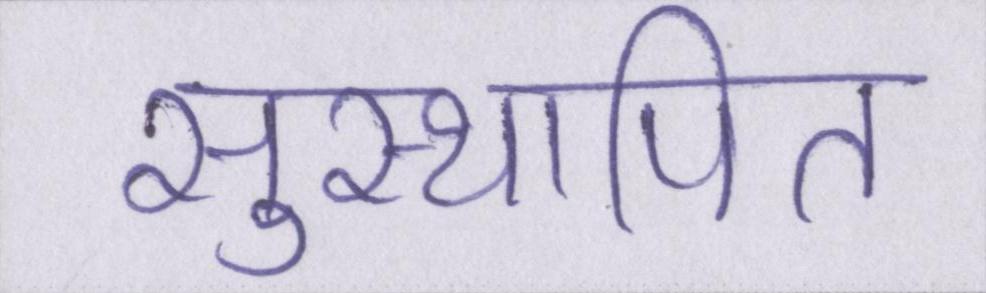
सुस्थापित